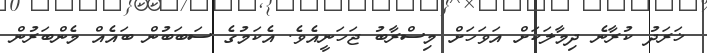
ޚަރަދު ކުރާނެ ދިމާލަކަށް އަވަހަށް މިސްރާބު ޖަހަނީއެވެ. އެކަމުގެ ސަބަބުން ބައެއް މެންބަރުން